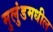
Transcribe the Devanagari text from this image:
मुलुंडमधील